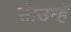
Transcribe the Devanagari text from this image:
से।उन्हें